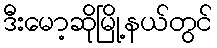
ဒီးမော့ဆိုမြို့နယ်တွင်